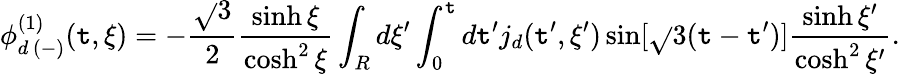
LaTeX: \phi_{d\, (-)}^{(1)}(\mathtt{t},\xi)=-\frac{{\sqrt{}{{3}}}}{{2}}\frac{{\sinh\xi}}{{\cosh^{2}\xi}}\int_{R}d\xi^{\prime}\int_{0}^{\mathtt{t}}d\mathtt{t}^{\prime}j_{d}(\mathtt{t}^{\prime},\xi^{\prime})\sin[\sqrt{}{{3}}(\mathtt{t}-\mathtt{t}^{\prime})]\frac{{\sinh\xi^{\prime}}}{{\cosh^{2}\xi^{\prime}}}.